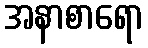
အနာစာရော